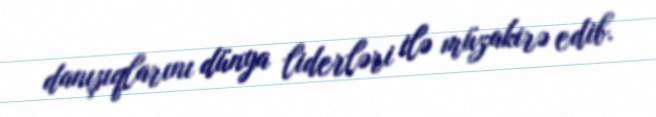
danışıqlarını dünya liderləri ilə müzakirə edib.